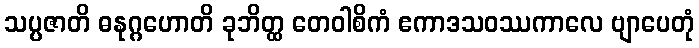
သပ္ပဇာတိ ဓနုဂ္ဂဟောတိ ခုဘိတ္ထ တေဝါစိကံ ဧကာဒသဝဿကာလေ ဗျာပေတုံ